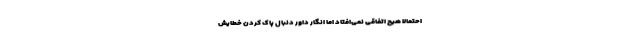
احتمالاً هیچ اتفاقی نمی‌افتاد اما انگار داور دنبال پاک کردن خطایش